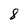
Character: 8